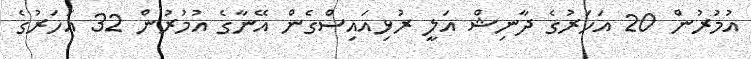
އުމުރުން 20 އަހަރުގެ ދާނިޝް އަލީ ރުޅިއައިސްގެން އޭނާގެ އުމުރުން 32 އަހަރުގެ